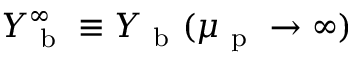
Y _ { \mathrm { ~ b ~ } } ^ { \infty } \equiv Y _ { \mathrm { ~ b ~ } } ( \mu _ { \mathrm { ~ p ~ } } \to \infty )